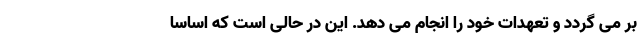
بر می گردد و تعهدات خود را انجام می دهد. این در حالی است که اساسا